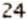
24